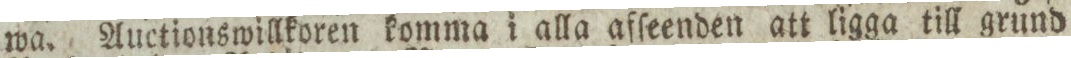
wa. Auctionswillkoren komma i alla afſeenden att ligga till grund